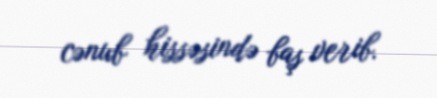
cənub hissəsində baş verib.